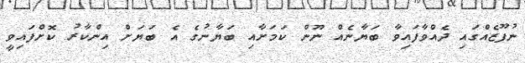
ނުފޫޒެއްގައި ދެއްވާފައިވާ ބަޔާނެއް ނޫން ކަމަށާއި ބަޔާނުގެ އެ ބަޔަށް އިންކާރު ކޮށްފައިވީ